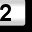
Digit: 2